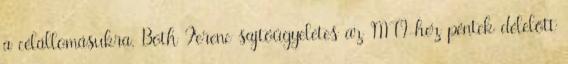
a célállomásukra. Both Ferenc sajtóügyeletes az MTI-hez péntek délelőtt